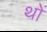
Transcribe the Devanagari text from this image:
थों